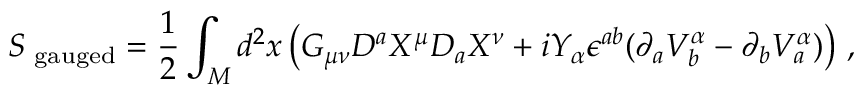
S _ { { \mathrm { \scriptsize ~ { g a u g e d } } } } = \frac 1 2 \int _ { M } d ^ { 2 } x \left( G _ { \mu \nu } D ^ { a } X ^ { \mu } D _ { a } X ^ { \nu } + i Y _ { \alpha } \epsilon ^ { a b } ( \partial _ { a } V _ { b } ^ { \alpha } - \partial _ { b } V _ { a } ^ { \alpha } ) \right) \, ,